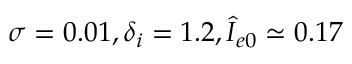
\sigma = 0 . 0 1 , \delta _ { i } = 1 . 2 , \hat { I } _ { e 0 } \simeq 0 . 1 7